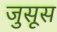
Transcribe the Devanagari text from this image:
जुसूस